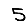
Digit: 5